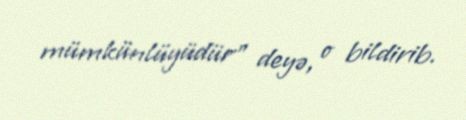
mümkünlüyüdür” deyə, o bildirib.